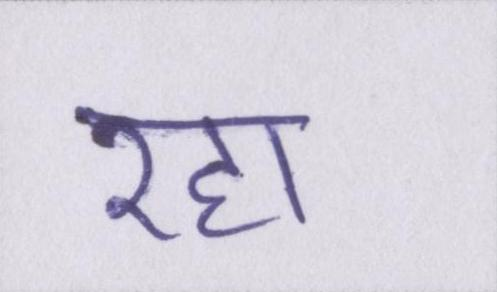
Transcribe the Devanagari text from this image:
रहा